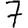
Digit: 7